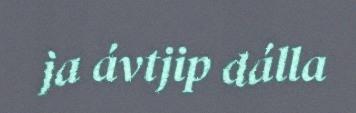
ja ávtjip dálla